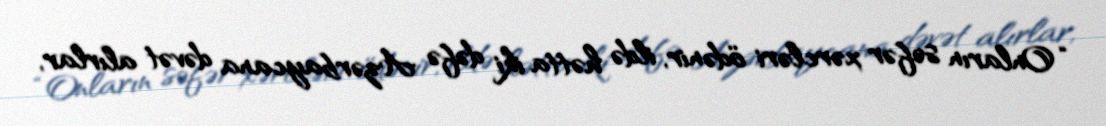
“Onların səfər xərcləri ödənir, ildə hətta iki dəfə Azərbaycana dəvət alırlar,